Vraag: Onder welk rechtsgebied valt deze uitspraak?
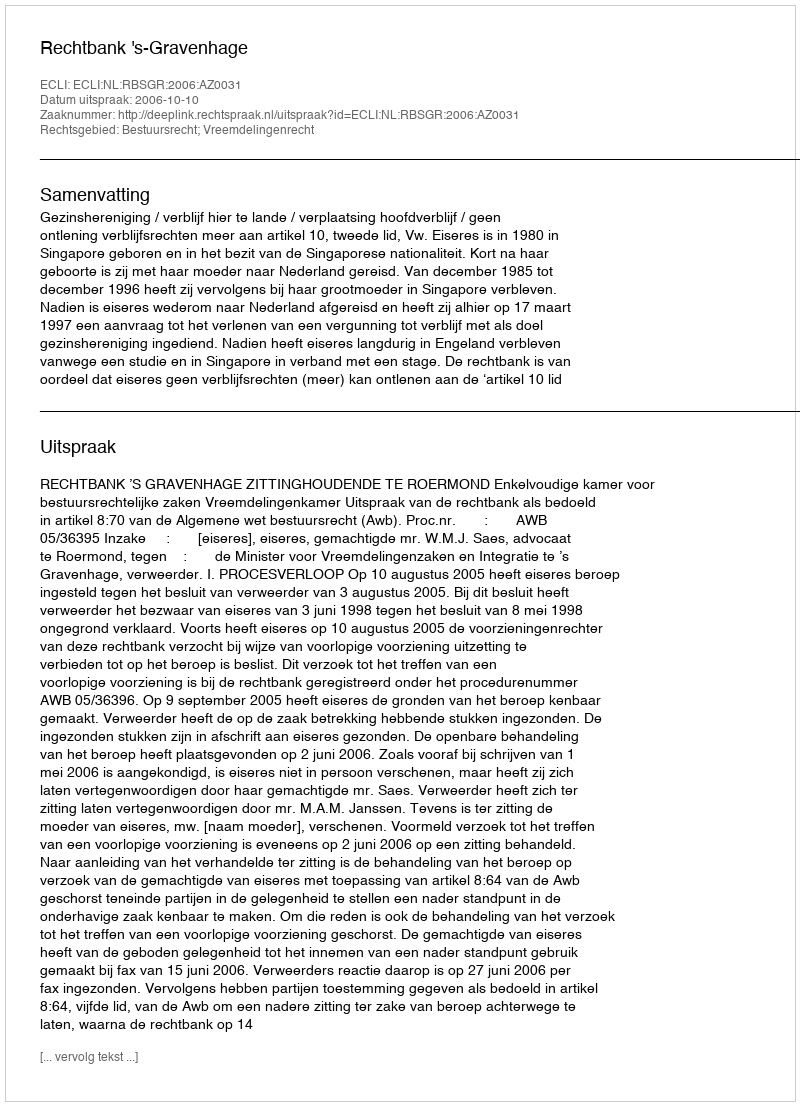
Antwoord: Bestuursrecht; Vreemdelingenrecht